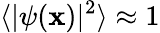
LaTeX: \langle|\psi(\mathbf{x})|^{2}\rangle\approx1